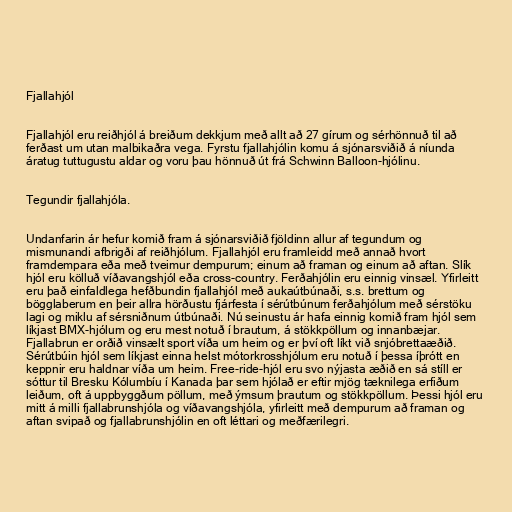
Fjallahjól

Fjallahjól eru reiðhjól á breiðum dekkjum með allt að 27 gírum og sérhönnuð til að
ferðast um utan malbikaðra vega. Fyrstu fjallahjólin komu á sjónarsviðið á níunda
áratug tuttugustu aldar og voru þau hönnuð út frá Schwinn Balloon-hjólinu.

Tegundir fjallahjóla.

Undanfarin ár hefur komið fram á sjónarsviðið fjöldinn allur af tegundum og
mismunandi afbrigði af reiðhjólum. Fjallahjól eru framleidd með annað hvort
framdempara eða með tveimur dempurum; einum að framan og einum að aftan. Slík
hjól eru kölluð víðavangshjól eða cross-country. Ferðahjólin eru einnig vinsæl. Yfirleitt
eru það einfaldlega hefðbundin fjallahjól með aukaútbúnaði, s.s. brettum og
bögglaberum en þeir allra hörðustu fjárfesta í sérútbúnum ferðahjólum með sérstöku
lagi og miklu af sérsniðnum útbúnaði. Nú seinustu ár hafa einnig komið fram hjól sem
líkjast BMX-hjólum og eru mest notuð í brautum, á stökkpöllum og innanbæjar.
Fjallabrun er orðið vinsælt sport víða um heim og er því oft líkt við snjóbrettaæðið.
Sérútbúin hjól sem líkjast einna helst mótorkrosshjólum eru notuð í þessa íþrótt en
keppnir eru haldnar víða um heim. Free-ride-hjól eru svo nýjasta æðið en sá stíll er
sóttur til Bresku Kólumbíu í Kanada þar sem hjólað er eftir mjög tæknilega erfiðum
leiðum, oft á uppbyggðum pöllum, með ýmsum þrautum og stökkpöllum. Þessi hjól eru
mitt á milli fjallabrunshjóla og víðavangshjóla, yfirleitt með dempurum að framan og
aftan svipað og fjallabrunshjólin en oft léttari og meðfærilegri.